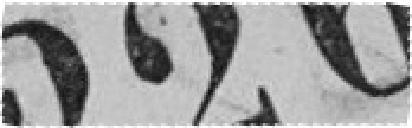
226